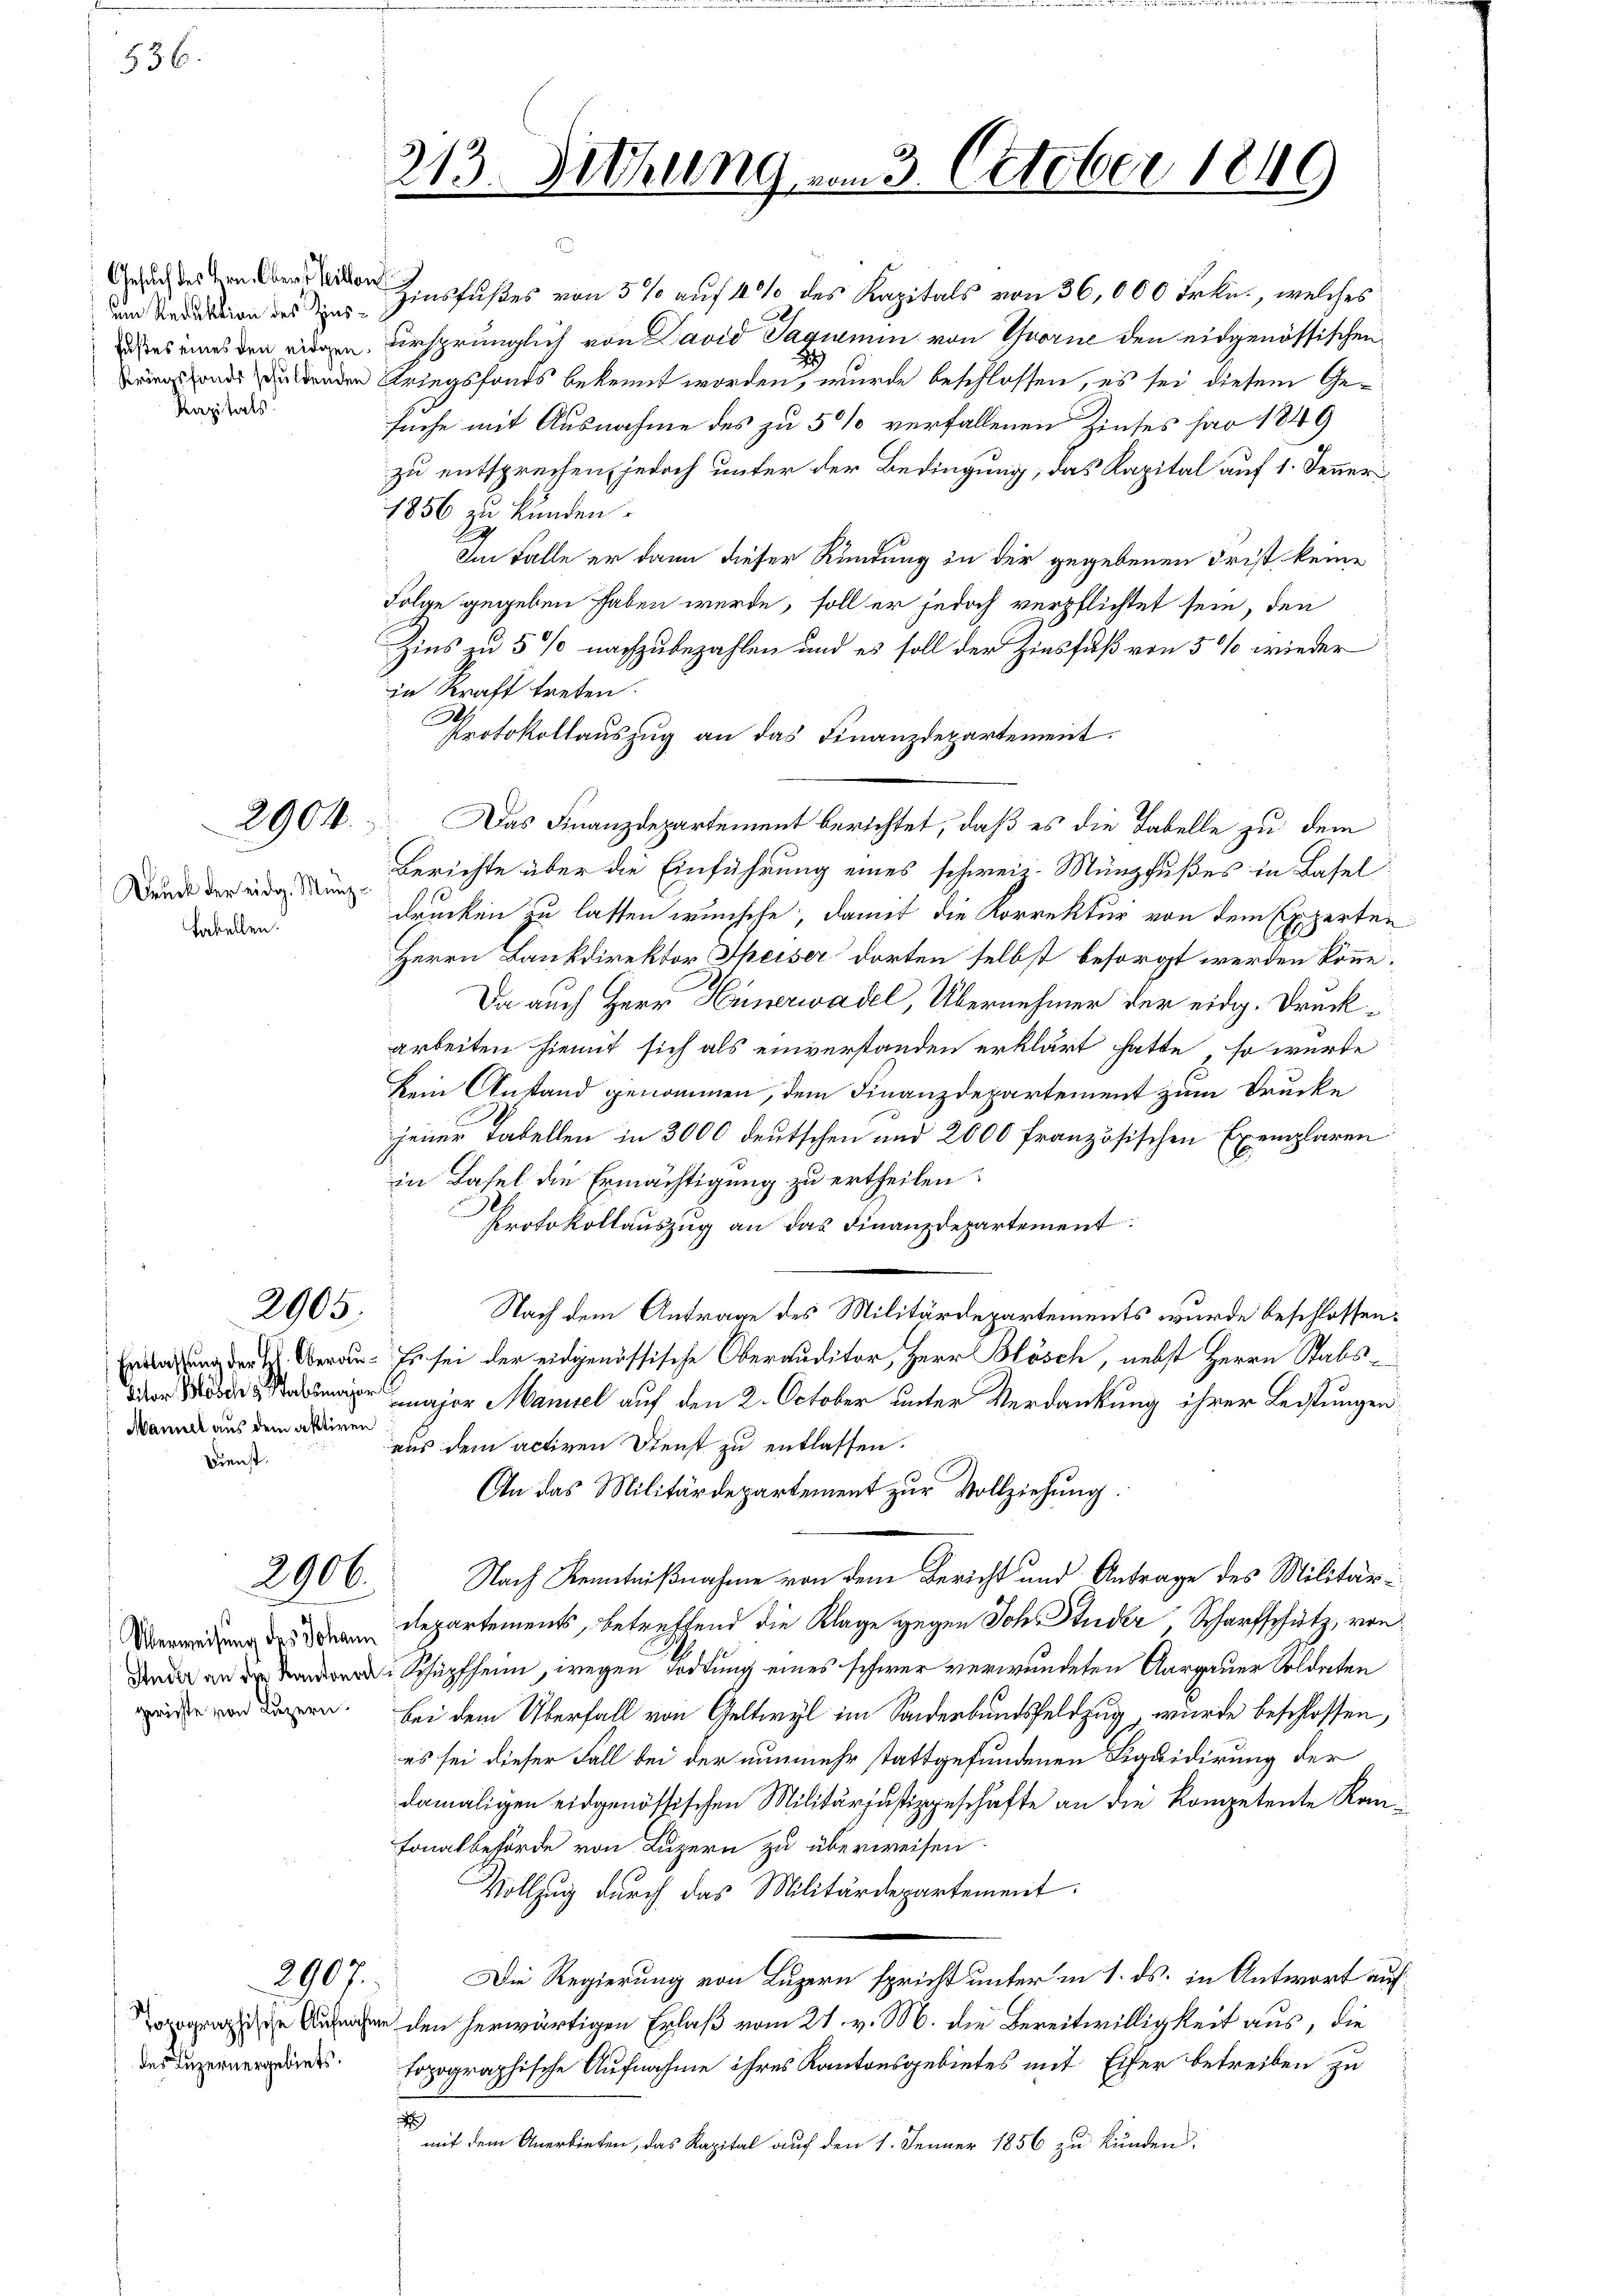
536.

Gesuch des Hrn. Obers Villen
m Reduktion des Zins¬
Faßes eines den eidgen.
Kriegsfonds schuldenden
Kapitals

Druck der eidg. Münz-
fabellen.

2904.

2905.
Entlassung der L. Oberau¬

Eiter Blösch & Stabsmajor
Mannel aus dem aktiven
Dienst.

2906.

Überweisung des Johann
Studer an ds Kantonal
gerichte von Luzern.

Topographische Aufnahm
des Luzernergebiets.

2907.

213

Zinsfußes von 5 % auf 4 % des Kapitals von 36,000 Frkn., welches
ursprünglich von David Saqumin von Thorne den eidgenössischen
Kriegsfonds bekennt worden, wurde beschlossen, es sei diesem Gesuche mit Ausnahme des zu 5 % verfallenen Zinses har 1849
zu entsprechen, jedoch unter der Bedingung, das Kapital auf 1. Fenner
1856 zu kunden.
E
Im Falle er dann dieser Ründung in der gegebenen Frist keine
Folge gegeben haben werde, soll er jedoch verpflichtet sein, den
Zins zu 5 % nachzubezahlen und es soll der Zinsfuß von 5 % wieder
in Kraft treten.
Protokollauszug an das Finanzdepartement.
Das Finanzdepartement berichtet, daß es die Tabelle zu dem
Berichte über die Einführung eines schweiz. Münzfußes in Basel
drucken zu lassen wünsche, damit die Korrektur von dem Experten
Herrn Bankdirektor Speiser dorten selbst besorgt werden könne;
Da auch Herr Hünerwadel, Übernehmer der eidg. Druckarbeiten hiemit sich als einverstanden erklärt hatte, so werde
kein Anstand genommen, dem Finanzdepartement zum Drucke
jener Tabellen in 3000 deutschen und 2000 französischen Exemplaren
.
in Basel die Ermächtigung zu ertheilen:
Protokollauszug an das Finanzdepartement:
Nach dem Antrage des Militärdepartements wurde beschlossen:
Es sei der eidgenössische Oberauditor, Herr Blösch, nebst Herrn Stabsmajor Maniel auf den 2. October unter Verdankung ihrer Leistungen
aus dem activen Dienst zu entlassen.
An das Militärdepartement zur Vollziehung.
Nach Kenntnißnahme von dem Bericht und Antrage des Militärdepartements, betreffend die Klage gegen Joh. Studer Scharfschatz, von
 Schüpfheim, wegen Todtung eines schwer verwundeten Aargauer Soldaten
bei dem Überfall von Geltwyl im Sonderbundsfeldzug wurde beschlossen,
es sei dieser Fall bei der nunmehr stattgefundenen Liquidirung der
damaligen eidgenössischen Militärjustizgeschäfte an die Kompetente Kan¬
Fonalbeförde von Luzern zu überweisen.
Vollzug durch das Militärdepartement.
Die Regierung von Luzern spricht unter in 1. ds. in Antwort auf
r den herwärtigen Erlaß vom 21. v. M. die Bereitwilligkeit aus, die
fopographische Aufnahme ihres Kantonsgebietes mit Eifer betreiben zu
r
mit dem Anerbieten, das Kapital auf den 1. Jenner 1856 zu kunden.

Sitzung vom 3. October 1840
i